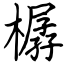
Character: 樼